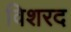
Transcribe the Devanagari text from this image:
विशरद